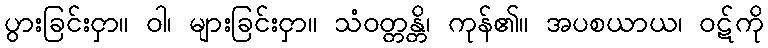
ပွားခြင်းငှာ။ ဝါ၊ များခြင်းငှာ။ သံဝတ္တန္တိ၊ ကုန်၏။ အပစယာယ၊ ဝဋ်ကို